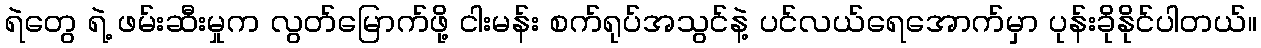
ရဲတွေ ရဲ့ ဖမ်းဆီးမှုက လွတ်မြောက်ဖို့ ငါးမန်း စက်ရုပ်အသွင်နဲ့ ပင်လယ်ရေအောက်မှာ ပုန်းခိုနိုင်ပါတယ်။